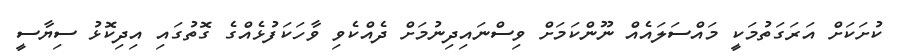
ކުށަކަށް އަރަގަތުމަކީ މައްސަލައެއް ނޫންކަމަށް ވިސްނައިދިނުމަށް ދެއްކެވި ވާހަކަފުޅެއްގެ ގޮތުގައި އިދިކޮޅު ސިޔާސީ